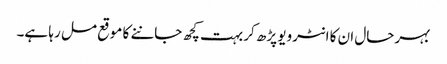
بہرحال ان کا انٹرویو پڑھ کر بہت کچھ جاننے کا موقع مل رہا ہے۔